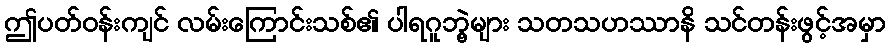
ဤပတ်ဝန်းကျင် လမ်းကြောင်းသစ်၏ ပါရဂူဘွဲ့များ သတသဟဿာနိ သင်တန်းဖွင့်အမှာ